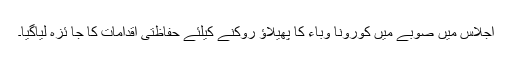
اجلاس میں صوبے میں کورونا وباء کا پھیلاؤ روکنے کیلئے حفاظتی اقدامات کا جا ئزہ لیاگیا۔